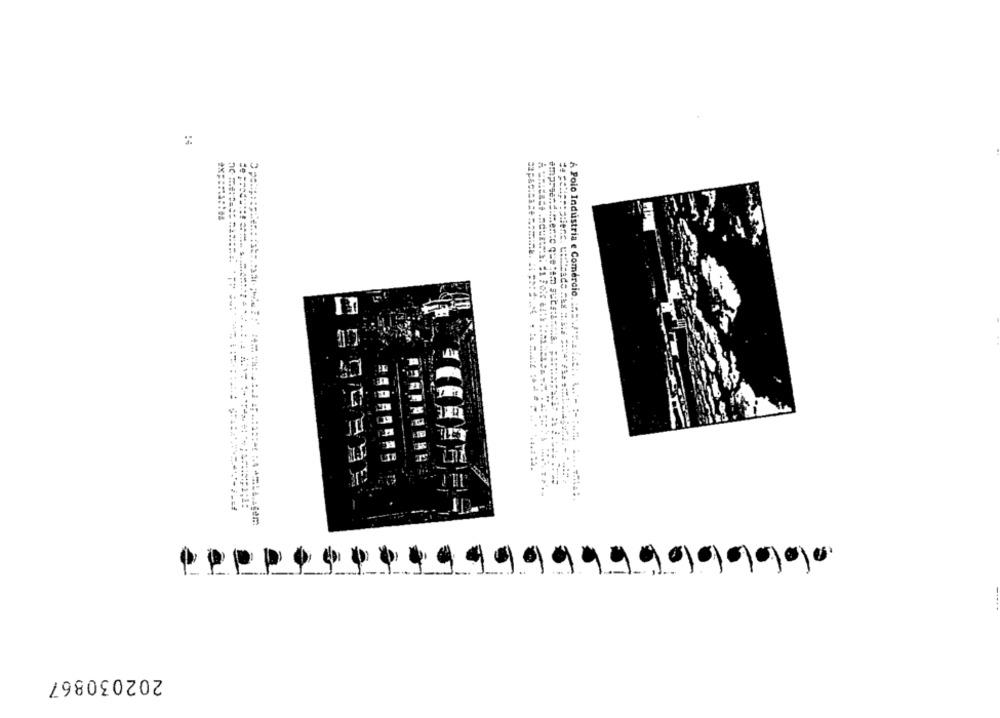
A Polo Industria e Comercio. ::... P' !. a :at: .
202030867